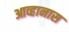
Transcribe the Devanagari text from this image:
आव्हानास